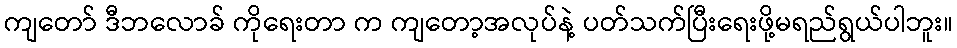
ကျတော် ဒီဘလောခ် ကိုရေးတာ က ကျတော့အလုပ်နဲ့ ပတ်သက်ပြီးရေးဖို့မရည်ရွယ်ပါဘူး။